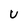
Character: U